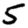
Digit: 5